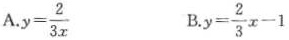
A. $$y = \frac { 2 } { 3 x } $$ B. $$y = \frac { 2 } { 3 } x - 1$$